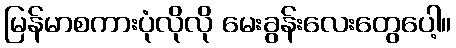
မြန်မာစကားပုံလိုလို မေးခွန်းလေးတွေပေါ့။